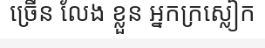
ច្រើន លែង ខ្លួន អ្នកក្រស្លៀក